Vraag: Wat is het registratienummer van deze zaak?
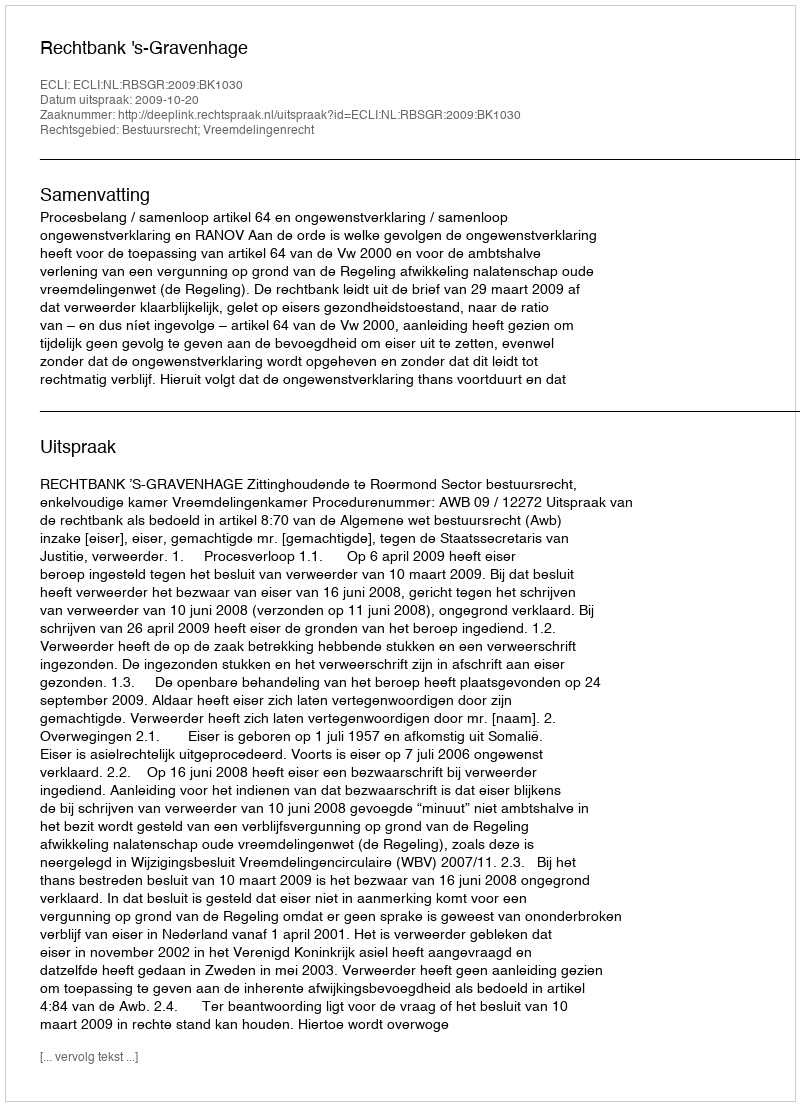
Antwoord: http://deeplink.rechtspraak.nl/uitspraak?id=ECLI:NL:RBSGR:2009:BK1030